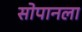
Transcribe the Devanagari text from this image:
सोपानला